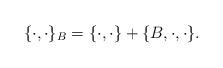
LaTeX: \begin{align*}\{\cdot,\cdot\}_B = \{\cdot,\cdot\} + \{B,\cdot,\cdot\}.\end{align*}